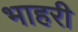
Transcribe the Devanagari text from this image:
भाहरी